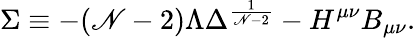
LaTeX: \Sigma\equiv-(\mathscr{N}-2)\Lambda\Delta^{\frac{{1}}{{\mathscr{N}-2}}}-H^{\mu\nu}B_{\mu\nu}.